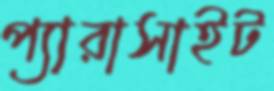
প্যারাসাইট